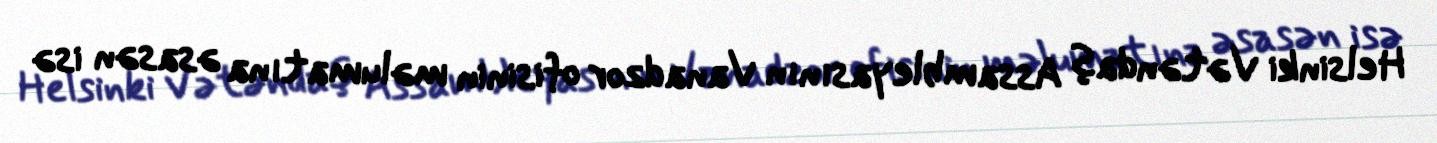
Helsinki Vətəndaş Assambleyasının Vanadzor ofisinin məlumatına əsasən isə